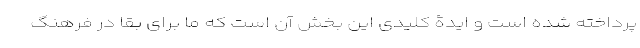
پرداخته شده است و ایدۀ کلیدی این بخش آن است که ما برای بقا در فرهنگِ